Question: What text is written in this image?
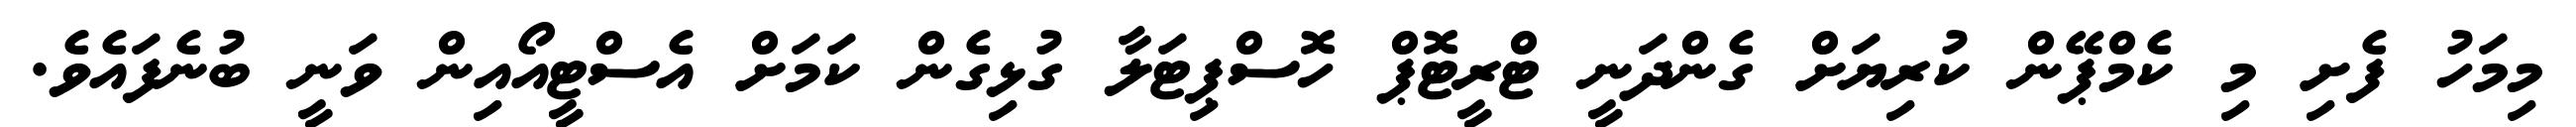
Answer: މިމަހު ފެށި މި ކެމްޕޭން ކުރިޔަށް ގެންދަނީ ޓްރީޓޮޕް ހޮސްޕިޓަލާ ގުޅިގެން ކަމަށް އެސްޓީއޯއިން ވަނީ ބުނެފައެވެ.